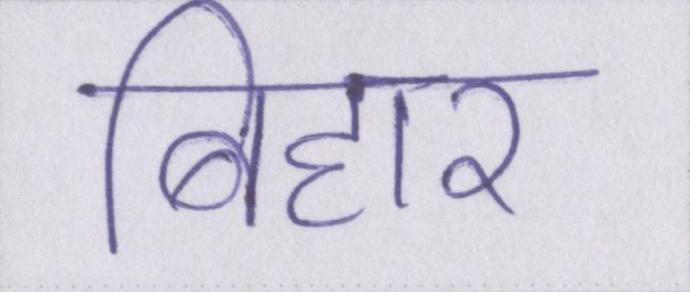
बिहार